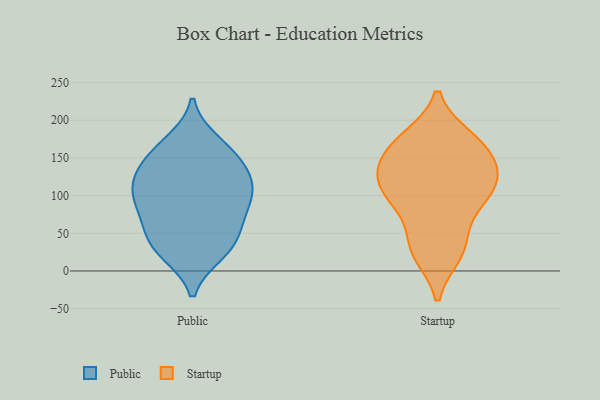
{"axis": {"x": "Latency (ms)", "y": "Value"}, "legend": ["Public", "Startup"], "data": [{"x": "", "y": 142, "type": "Public"}, {"x": "", "y": 28, "type": "Public"}, {"x": "", "y": 23, "type": "Public"}, {"x": "", "y": 130, "type": "Public"}, {"x": "", "y": 24, "type": "Public"}, {"x": "", "y": 172, "type": "Public"}, {"x": "", "y": 46, "type": "Public"}, {"x": "", "y": 135, "type": "Public"}, {"x": "", "y": 98, "type": "Public"}, {"x": "", "y": 84, "type": "Public"}, {"x": "", "y": 97, "type": "Public"}, {"x": "", "y": 51, "type": "Public"}, {"x": "", "y": 167, "type": "Public"}, {"x": "", "y": 116, "type": "Public"}, {"x": "", "y": 156, "type": "Public"}, {"x": "", "y": 117, "type": "Public"}, {"x": "", "y": 101, "type": "Public"}, {"x": "", "y": 59, "type": "Public"}, {"x": "", "y": 78, "type": "Public"}, {"x": "", "y": 152, "type": "Startup"}, {"x": "", "y": 176, "type": "Startup"}, {"x": "", "y": 124, "type": "Startup"}, {"x": "", "y": 173, "type": "Startup"}, {"x": "", "y": 23, "type": "Startup"}, {"x": "", "y": 85, "type": "Startup"}, {"x": "", "y": 26, "type": "Startup"}, {"x": "", "y": 42, "type": "Startup"}, {"x": "", "y": 93, "type": "Startup"}, {"x": "", "y": 102, "type": "Startup"}, {"x": "", "y": 137, "type": "Startup"}, {"x": "", "y": 115, "type": "Startup"}, {"x": "", "y": 168, "type": "Startup"}, {"x": "", "y": 127, "type": "Startup"}]}